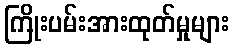
ကြိုးပမ်းအားထုတ်မှုများ